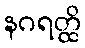
နဂရတ္ထိ